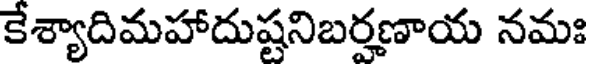
కేశ్యాదిమహాదుష్టనిబర్హణాయ నమః